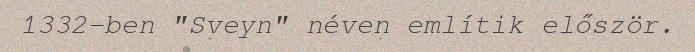
1332-ben "Sveyn" néven említik először.